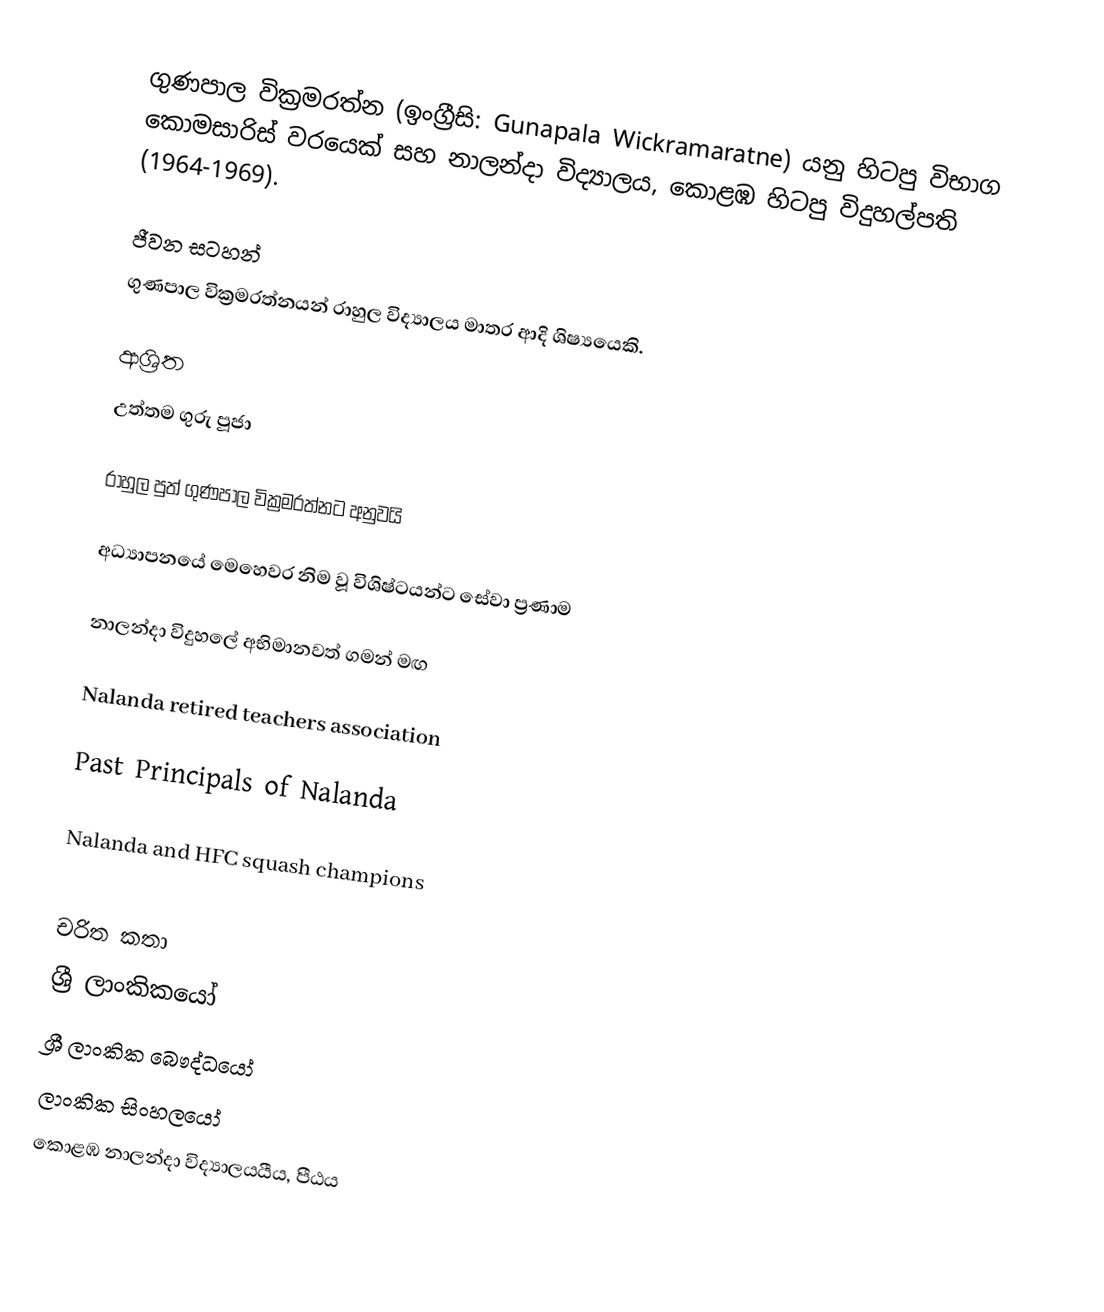
ගුණපාල වික්‍රමරත්න  (ඉංග්‍රීසි: Gunapala Wickramaratne) යනු හිටපු විභාග කොමසාරිස් වරයෙක් සහ නාලන්දා විද්‍යාලය, කොළඹ හිටපු විදුහල්පති (1964-1969).

ජීවන සටහන්
ගුණපාල වික්‍රමරත්නයන් රාහුල විද්‍යාලය මාතර ආදි ශිෂ්‍යයෙකි.

ආශ්‍රිත
 උත්තම ගුරු පූජා

 රාහුල පුත් ගුණපාල වික්‍රමරත්නට අනුවයි

 අධ්‍යාපනයේ මෙහෙවර නිම වූ විශිෂ්ටයන්ට සේවා ප්‍රණාම

 නාලන්දා විදුහලේ අභිමානවත් ගමන් මඟ

 Nalanda retired teachers association

 Past Principals of Nalanda

 Nalanda and HFC squash champions

චරිත කතා
ශ්‍රී ලාංකිකයෝ
ශ්‍රී ලාංකික බෞද්ධයෝ
ලාංකික සිංහලයෝ
කොළඹ නාලන්දා විද්‍යාලයයීය, පීඨය